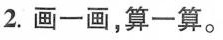
2.画一画，算一算。